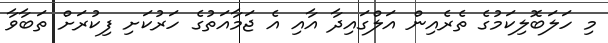
މި ހަލަބޮލިކަމުގެ ތެރެއިން އަލްގައިދާ އާއި އެ ޖަމާއަތުގެ ހަރުކަށި ފިކުރަށް ތަބާވާ